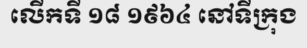
លើកទី ១៨ ១៩៦៤ នៅទីក្រុង